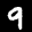
Label: 9